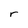
Character: r